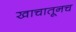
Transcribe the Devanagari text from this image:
खाचातूनच